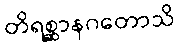
တိရစ္ဆာနဂတောသိ